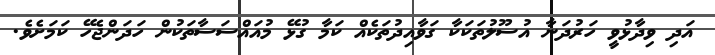
އަދި ވިދާޅުވީ ހަރުދަނާ އުސޫލުތަކަކާ ގަވާއިދުތަކެއް ކަމާ ގުޅޭ މުއައްސަސާތަކުން ހަދަންޖެހޭ ކަމަށެވެ.